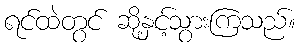
ရင်ထဲတွင် ဆို့နှင့်သွားကြသည်။